Rules regarding the measures to be adopted on the outbreak of cholera or appearance of small-pox
Disease focus: Cholera
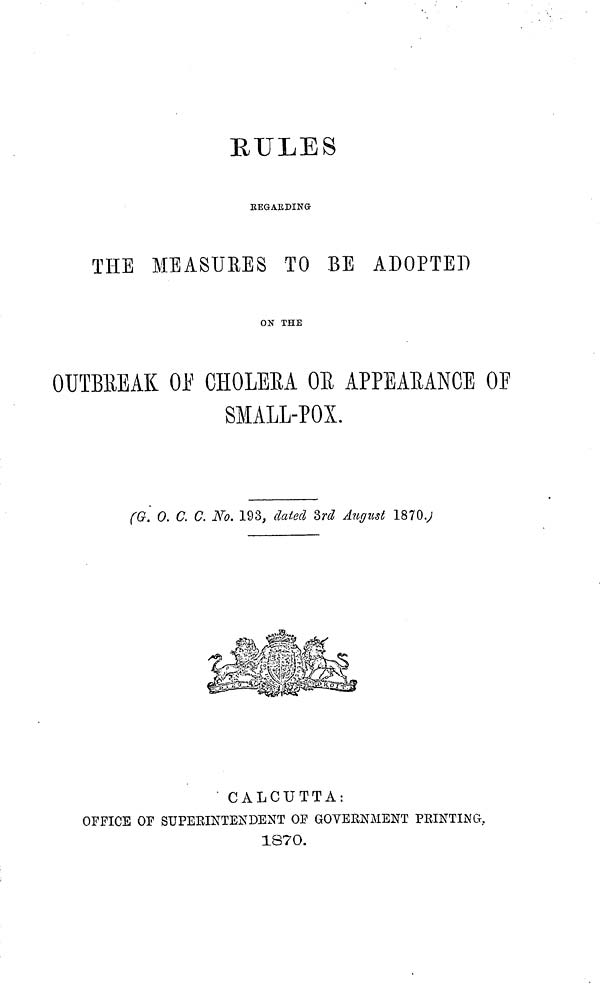
RULES
EEGAEDING·
THE MEASURES TO BE ADOPTED
ON THE
OUTBKEAK OF CHOLEEA OR APPEAEANCE OF
SMALL-POX.
(G. 0. C. C. No. 193, dated 3rd August 1870.
CALCUTTA:
OFFICE OF SUPERINTENDENT OF GOVERNMENT PRINTING
1870.